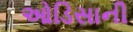
ઓડિસાની